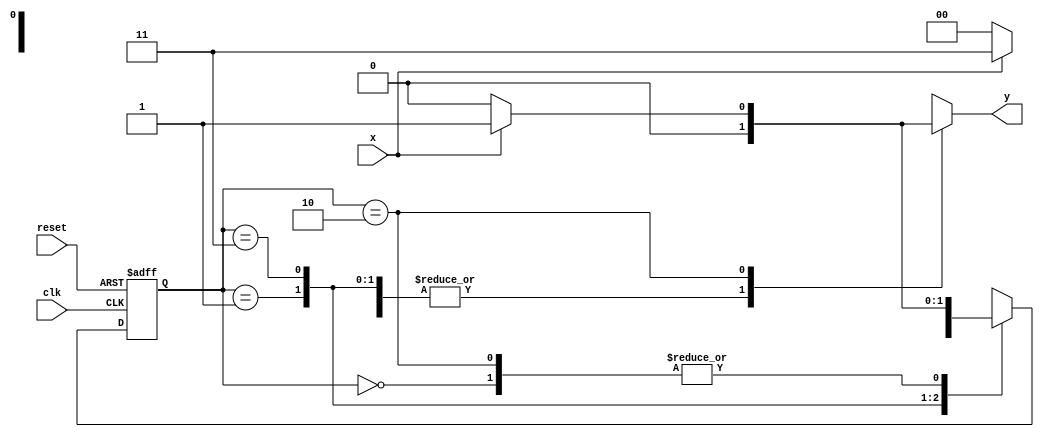
// Nome: Roger Rubens Machado
// -------------------------

// --------------
// --- Mealy FSM
// --------------
/*
Mealy FSM Diagram
__________________
/ \
1 v 1 0 1 | // found
[start] ---> [id1] ---> [id11] ---> [id110]
^ \0 0 | 1 / ^ 0 | // not found
\_/ / \__/ |
\________/ /
\ /
\_________________________/
*/

// constant definitions
`define found 1
`define notfound 0

// FSM by Mealy
module mealy1101 ( y, x, clk, reset );
output y;
input x;
input clk;
input reset;
reg y;
parameter // state identifiers
start = 2'b00,
id1 = 2'b01,
id11 = 2'b11,
id110 = 2'b10;
reg [1:0] E1; // current state variables
reg [1:0] E2; // next state logic output

// next state logic
always @( x or E1 )
begin
y = `notfound;
case ( E1 )
start:
if ( x )
E2 = id1;
else
E2 = start;
id1:
if ( x )
E2 = id11;
else
E2 = start;
id11:
if ( x )
E2 = id11;
else
E2 = id110;
id110:
if ( x )
begin
E2 = id1;
y = `found;
end
else
begin
E2 = start;
y = `notfound;
end
default: // undefined state
E2 = 2'bxx;
endcase
end // always at signal or state changing

// state variables
always @( posedge clk or negedge reset )
begin
if ( reset )
E1 = E2; // updates current state
else
E1 = 0; // reset
end // always at signal changing
endmodule // mealy1101